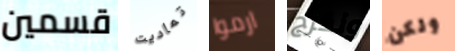
قسمين تماديت ارموا ونخرج ولكن